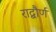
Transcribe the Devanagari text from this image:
राद्बौर्ण